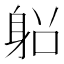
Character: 𨈴